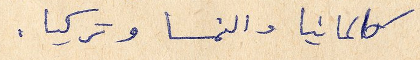
كالمانيا والنمسا وتركيا.